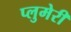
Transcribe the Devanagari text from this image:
प्लुमेरी